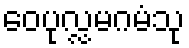
ဝေပုလ္လမဂမံသု